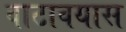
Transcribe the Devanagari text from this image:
वाटावयास